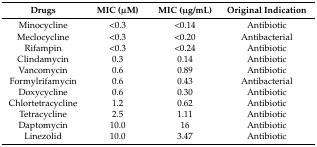
<table><thead><tr><td><b>Drugs</b></td><td><b>MIC (μM)</b></td><td><b>MIC (μg/mL)</b></td><td><b>Original Indication</b></td></tr></thead><tbody><tr><td>Minocycline</td><td>&lt;0.3</td><td>&lt;0.14</td><td>Antibiotic</td></tr><tr><td>Meclocycline</td><td>&lt;0.3</td><td>&lt;0.20</td><td>Antibacterial</td></tr><tr><td>Rifampin</td><td>&lt;0.3</td><td>&lt;0.24</td><td>Antibiotic</td></tr><tr><td>Clindamycin</td><td>0.3</td><td>0.14</td><td>Antibiotic</td></tr><tr><td>Vancomycin</td><td>0.6</td><td>0.89</td><td>Antibiotic</td></tr><tr><td>Formylrifamycin</td><td>0.6</td><td>0.43</td><td>Antibacterial</td></tr><tr><td>Doxycycline</td><td>0.6</td><td>0.30</td><td>Antibiotic</td></tr><tr><td>Chlortetracycline</td><td>1.2</td><td>0.62</td><td>Antibiotic</td></tr><tr><td>Tetracycline</td><td>2.5</td><td>1.11</td><td>Antibiotic</td></tr><tr><td>Daptomycin</td><td>10.0</td><td>16</td><td>Antibiotic</td></tr><tr><td>Linezolid</td><td>10.0</td><td>3.47</td><td>Antibiotic</td></tr></tbody></table>